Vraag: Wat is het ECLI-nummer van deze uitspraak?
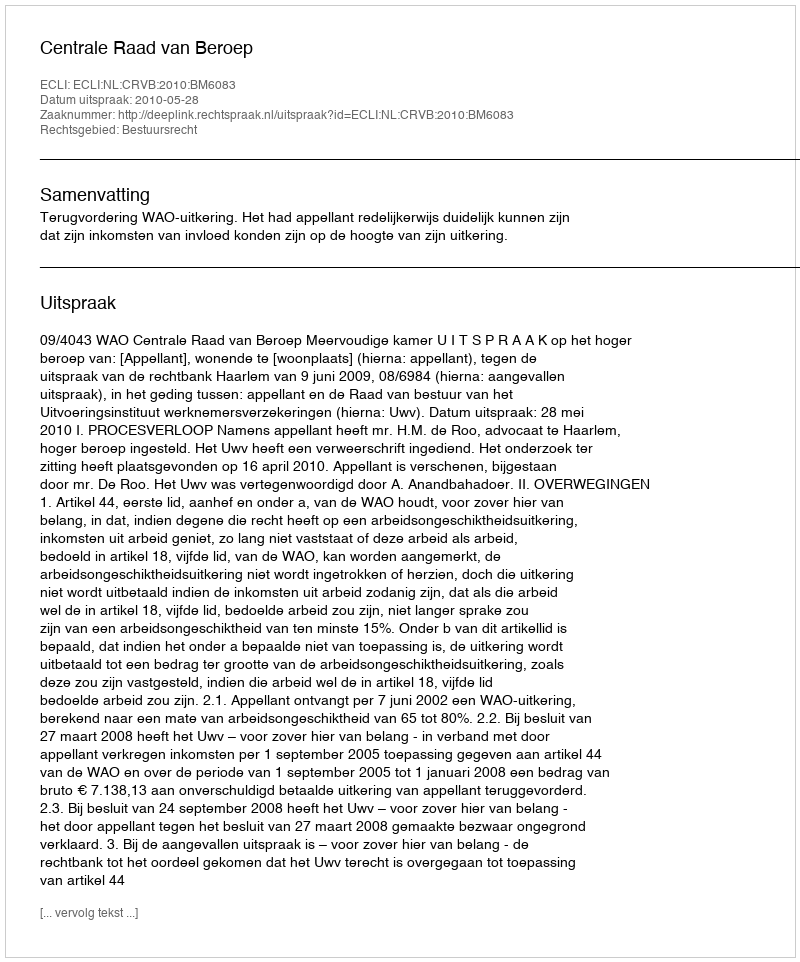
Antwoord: ECLI:NL:CRVB:2010:BM6083